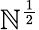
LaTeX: \mathbb{N}^{\frac{{1}}{{2}}}